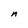
Character: n